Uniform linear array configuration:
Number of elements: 16
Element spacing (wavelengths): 0.25
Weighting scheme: uniform
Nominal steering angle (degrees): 30
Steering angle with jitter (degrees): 30.697
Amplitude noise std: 0.05
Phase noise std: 0.05

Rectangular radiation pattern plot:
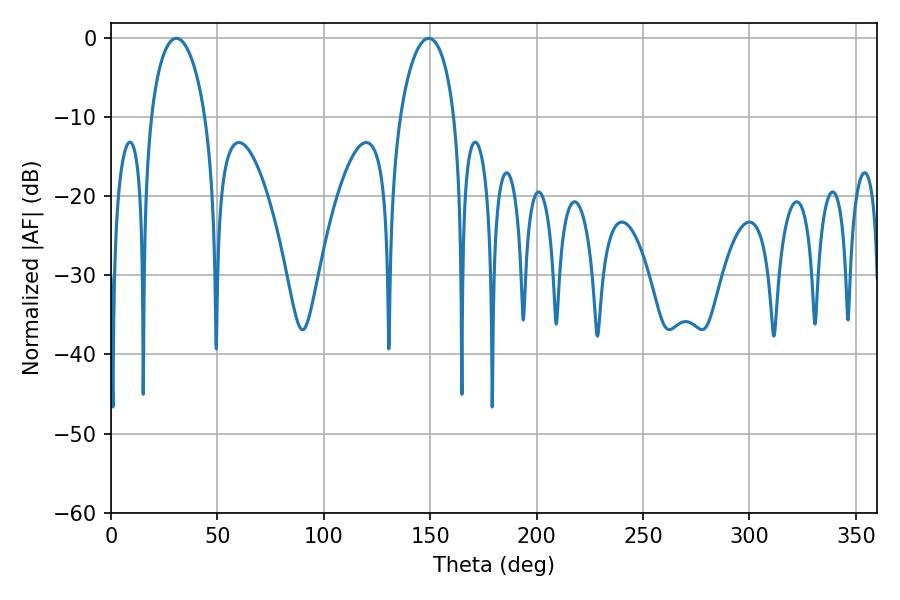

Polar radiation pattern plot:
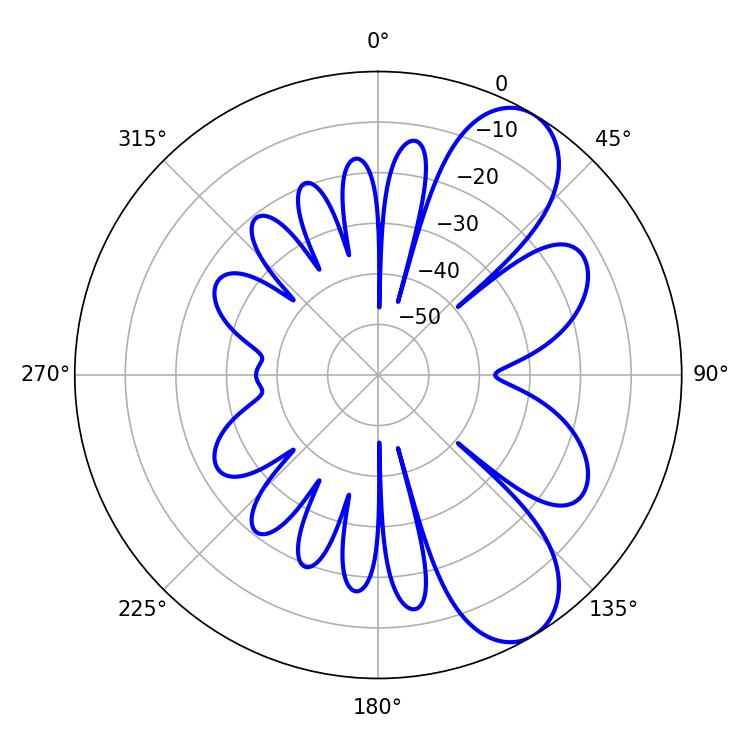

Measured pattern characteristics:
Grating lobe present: FALSE
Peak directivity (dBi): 8.359
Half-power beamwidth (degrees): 14.58
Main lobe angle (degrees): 30.78